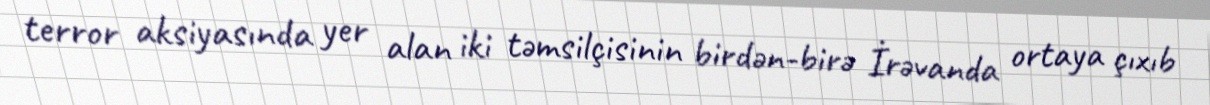
terror aksiyasında yer alan iki təmsilçisinin birdən-birə İrəvanda ortaya çıxıb